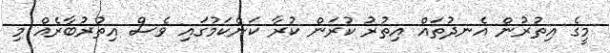
މީގެ އިތުރުން އެނދުތައް އިތުރު ކުރަން ކުރާ ކަންކަމުގައި ވެސް އިތުރުބާރެއް މި